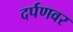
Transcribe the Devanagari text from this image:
दर्पणवर